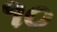
૧૦